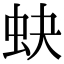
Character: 蚗